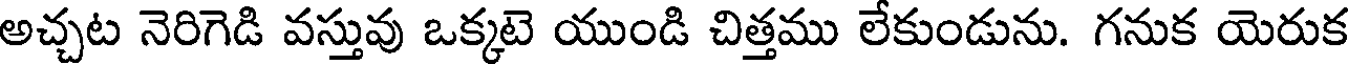
అచ్చట నెరిగెడి వస్తువు ఒక్కటె యుండి చిత్తము లేకుండును. గనుక యెరుక